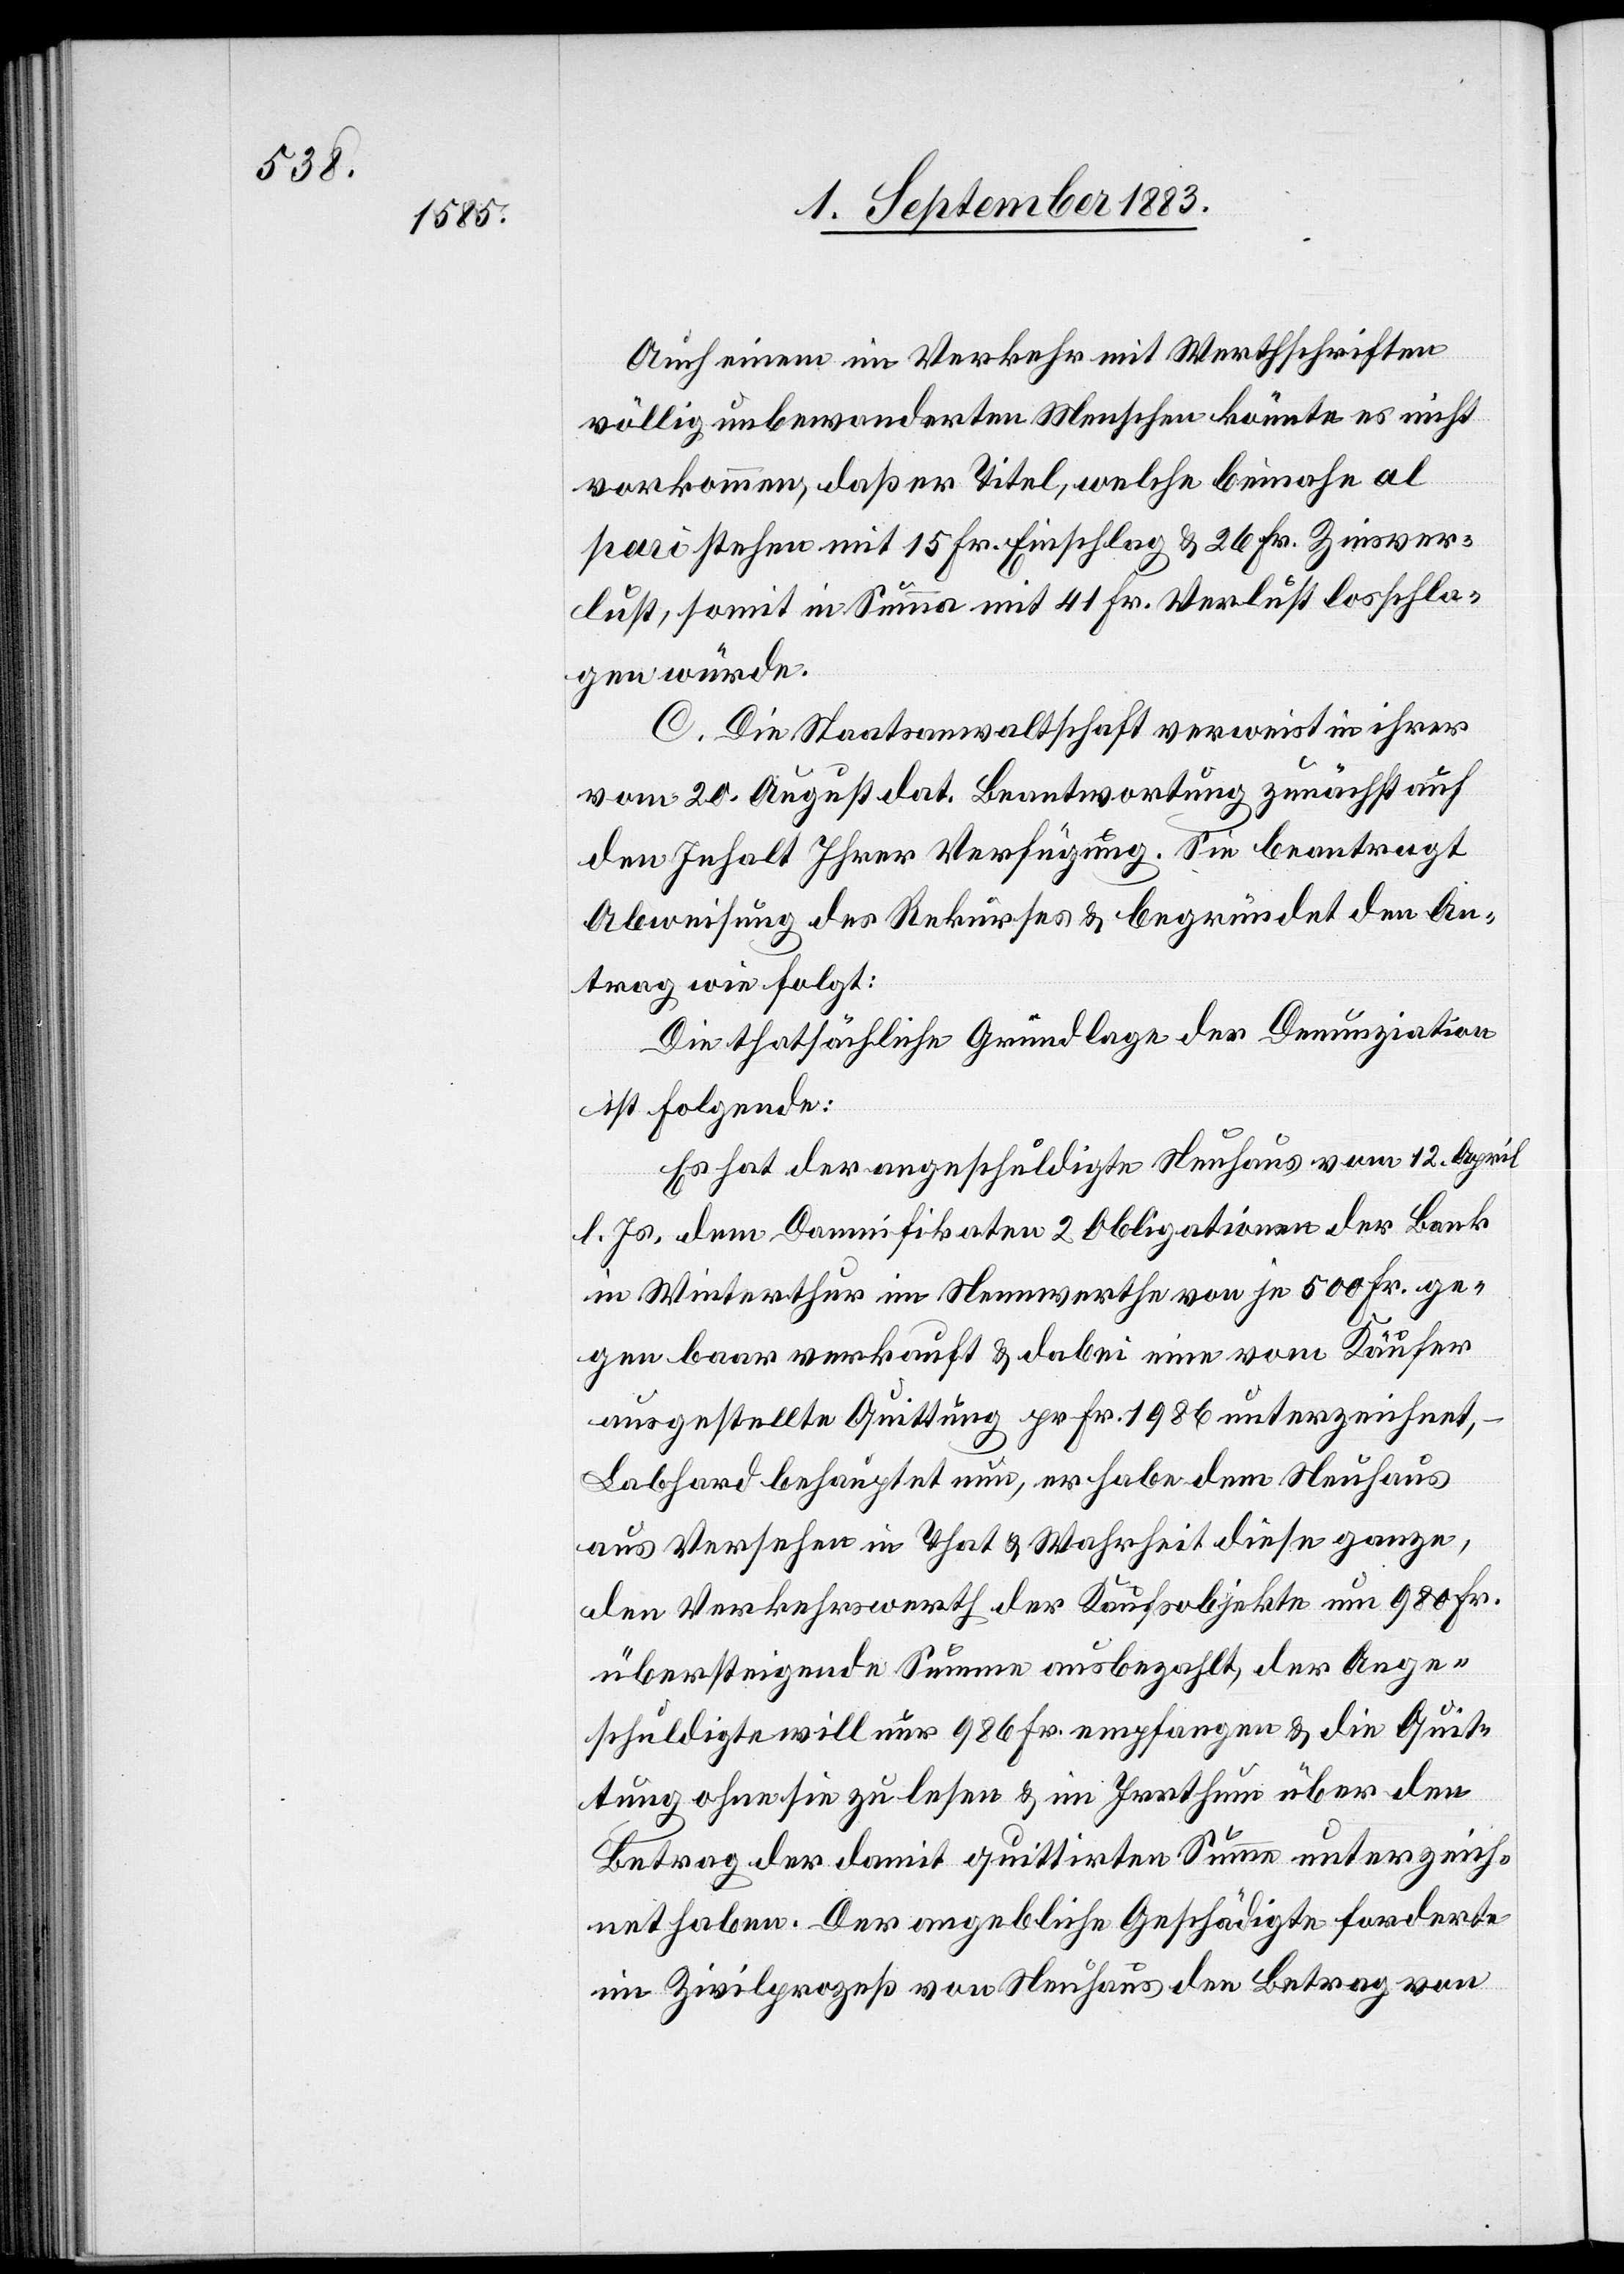
Auch einem im Verkehr mit Werthschriften
völlig unbewanderten Menschen könnte es nicht
vorkommen, daß er Titel, welche beinahe al
pari stehen mit 15. Fr. Einschlag & 26 Fr. Zinsver¬
lust, somit in Summa mit 41 Fr. Verlust losschla¬
gen würde.
C. Die Staatsanwaltschaft verweist in ihrer
vom 20. August dat. Beantwortung zunächst auf
den Inhalt Ihrer [sic!] Verfügung. Sie beantragt
Abweisung des Rekurses & begründet den An¬
trag wie folgt:
Die thatsächliche Grundlage der Denunziation
ist folgende:
Es hat der angeschuldigte Neuhaus vom 12. April
l. Js. dem Damnifikaten 2 Obligationen der Bank
in Winterthur im Nennwerthe von ja 500 Fr. ge¬
gen baar verkauft & dabei eine vom Käufer
ausgestellte Quittung pr. Fr. 1986 unterzeichnet,
Labhard behauptet nun, er habe dem Neuhaus
aus Versehen in That & Wahrheit diese ganze,
den Verkehrswerth der Kaufsobjekte um 980 Fr.
übersteigende Summe ausbezahlt, der Ange¬
schuldigte will nur 986 Fr. empfangen & die Quit¬
tung ohne sie zu lesen & im Irrthum über den
Betrag der damit quittirten Summe unterzeich¬
net haben. Der angebliche Geschädigte forderte
im Zivilprozeß von Neuhaus den Betrag von